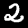
Label: 2